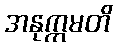
အနုက္ကမတိ